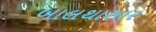
બાલથાસાર